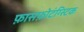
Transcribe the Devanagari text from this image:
फ़ासफ़ोटंग्स्टिक